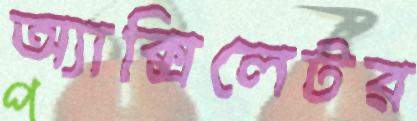
অ্যাক্সিলেটর